Annual statistical returns and brief notes on vaccination in Bengal - 1909-1929
Year: 1909
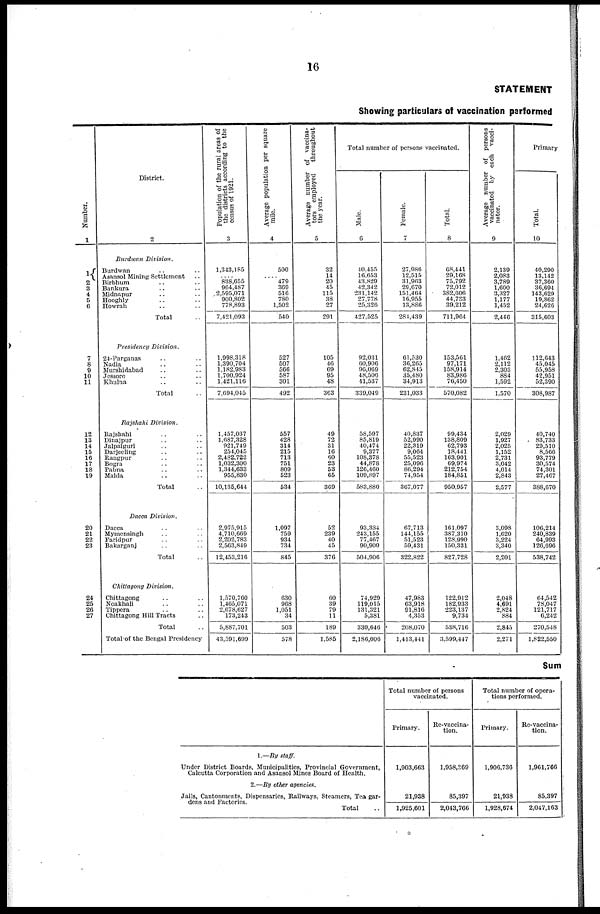
16
STATEMENT
Showing particulars of vaccination performed
Number.
1
1
2
3
4
5
6
7
8
9
10
11
12
13
14
15
16
17
18
19
20
21
22
23
24
25
26
27
District.
2
Burdwan Division.
Burdwan .. ..
Asansol Mining Settlement ..
Birbhum .. ..
Bankura .. ..
Midnapur .. ..
Hooghly .. ..
Howrah .. ..
Total ..
Presidency Division.
24-Parganas .. ..
Nadia .. ..
Murshidabad .. ..
Jessore .. ..
Khulna .. ..
Total ..
Rajshahi Division.
Rajshahi .. ..
Dinajpur .. ..
Jalpaiguri .. ..
Darjeeling .. ..
Rangpur .. ..
Bogra .. ..
Pabna .. ..
Malda .. ..
Total ..
Dacca Division.
Dacca .. ..
Mymensingh .. ..
Faridpur .. ..
Bakarganj .. ..
Total ..
Chittagong Division.
Chittagong .. ..
Noakhali .. ..
Tippera
..
..
Chittagong Hill Tracts ..
Total ..
Total of the Bengal Presidency
Population of the rural areas of
the districts according to the
census of 1921.
3
1,343,185
....
838,655
964,487
2,595,071
900,802
778,893
7,421,093
1,998,318
1,390,704
1,182,983
1,700,924
1,421,116
7,694,045
1,457,037
1,687,328
921,749
254,045
2,482,722
1,032,300
1,344,633
955,830
10,135,644
2,975,915
4,710,669
2,202,783
2,563,849
12,453,216
1,570,760
1,465,071
2,678,627
173,243
5,887,701
43,591,699
Average population per square
mile.
4
500
....
479
369
516
780
1,502
540
527
507
566
587
301
492
557
428
314
215
713
751
809
523
534
1,097
759
934
734
845
630
968
1,051
34
503
578
Average number of vaccina-
tors employed
throughout
the year.
5
32
14
20
45
115
38
27
291
105
46
69
95
48
363
49
72
31
16
60
23
53
65
369
52
239
40
45
376
60
39
79
11
189
1,585
Total number of persons vaccinated.
Male.
6
40,455
16,653
43,829
42,342
231,142
27,778
25,326
427,525
92,031
60,906
96,069
48,506
41,537
339,049
58,597
85,819
40,474
9,377
108,378
44,878
126,460
109,897
583,880
93,384
243,155
77,467
90,900
504,906
74,929
119,015
131,321
5,381
330,646
2,186,006
Female.
7
27,986
12,515
31,963
29,670
151,464
16,955
13,886
284,439
61,530
36,265
62,845
35,480
34,913
231,033
40,837
52,990
22,319
9,064
55,523
25,096
86,294
74,954
367,077
67,713
144,155
51,523
59,431
322,822
47,983
63,918
91,816
4,353
208,070
1,413,441
Total.
8
68,441
29,168
75,792
72,012
382,606
44,733
39,212
711,964
153,561
97,171
158,914
83,986
76,450
570,082
99,434
138,809
62,793
18,441
163,901
69,974
212,754
184,851
950,957
161,097
387,310
128,990
150,331
827,728
122,912
182,933
223,137
9,734
538,716
3,599,447
Average number of persons
vaccinated by each vacci-
nator.
9
2,139
2,083
3,789
1,600
3,327
1,177
1,452
2,446
1,462
2,112
2,303
884
1,592
1,570
2,029
1,927
2,025
1,152
2,731
3,042
4,014
2,843
2,577
3,098
1,620
3,224
3,340
2,201
2,048
4,691
2,824
884
2,845
2,271
Primary
Total.
10
40,290
13,142
37,360
36,694
143,629
19,862
24,626
315,603
112,643
45,045
55,958
42,951
52,390
308,987
40,740
83,733
29,510
8,566
93,779
30,574
74,301
27,467
388,670
106,214
240,839
64,993
126,696
538,742
64,542
78,047
121,717
6,242
270,548
1,822,550
Sum
1.—By staff.
Under District Boards, Municipalities, Provincial Government,
Calcutta Corporation and Asansol Mines Board of Health.
2.—By other agencies.
Jails, Cantonments, Dispensaries, Railways, Steamers, Tea gar-
dens and Factories.
Total ..
Total number of persons
vaccinated.
Primary.
1,903,663
21,938
1,925,601
Re-vaccina-
tion.
1,958,369
85,397
2,043,766
Total number of opera-
tions performed.
Primary.
1,906,736
21,938
1,928,674
Re-vaccina-
tion.
1,961,766
85,397
2,047,163